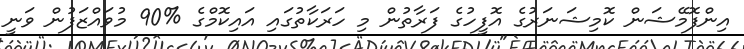
އިންފޮމޭޝަން ކޮމިޝަނަރުގެ އޮފީހުގެ ފަރާތުން މި ހަރަކާތުގައި އައިކޮމްގެ %90 މުވައްޒަފުން ވަނީ